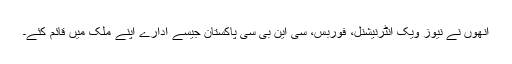
انھوں نے نیوز ویک انٹرنیشنل، فوربس، سی این بی سی پاکستان جیسے ادارے اپنے ملک میں قائم کئے۔